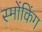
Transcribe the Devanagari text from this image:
स्मोंकिंग